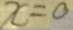
x = 0